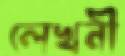
লেখনী